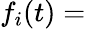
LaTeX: f_{i}(t)=